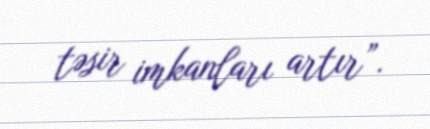
təsir imkanları artır”.